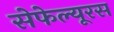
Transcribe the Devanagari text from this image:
सेफेल्यूरस